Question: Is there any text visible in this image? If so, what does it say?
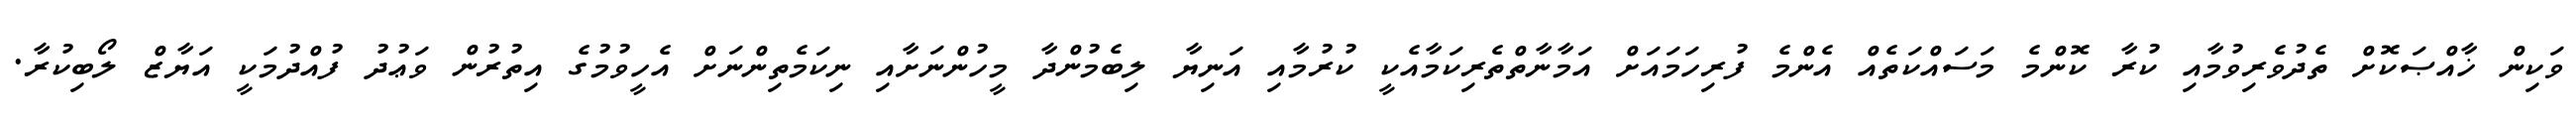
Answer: ވަކިން ޚާއްޞަކޮށް ތެދުވެރިވުމާއި ކުރާ ކޮންމެ މަސައްކަތެއް އެންމެ ފުރިހަމައަށް އަމާނާތްތެރިކަމާއެކީ ކުރުމާއި އަނިޔާ ލިބެމުންދާ މީހުންނަށާއި ނިކަމެތިންނަށް އެހީވުމުގެ އިތުރުން ވަޢުދު ފުއްދުމަކީ އަޔާޒް ލޯބިކުރާ.